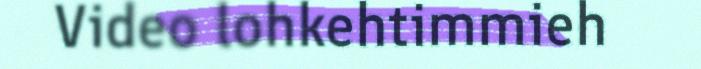
Video lohkehtimmieh